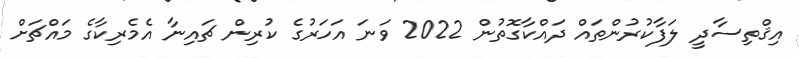
އިޤްތިސާދީ ލަފާކުރުންތައް ދައްކާގޮތުން 2022 ވަނަ އަހަރުގެ ކުރިން ޗައިނާ އެެމެރިކާގެ މައްޗަށް